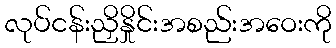
လုပ်ငန်းညှိနှိုင်းအစည်းအဝေးကို